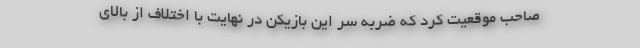
صاحب موقعیت کرد که ضربه سر این بازیکن در نهایت با اختلاف از بالای